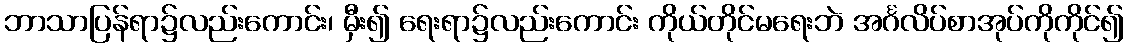
ဘာသာပြန်ရာ၌လည်းကောင်း၊ မှီး၍ ရေးရာ၌လည်းကောင်း ကိုယ်တိုင်မရေးဘဲ အင်္ဂလိပ်စာအုပ်ကိုကိုင်၍